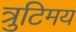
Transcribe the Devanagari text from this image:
त्रुटिमय